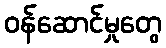
ဝန်ဆောင်မှုတွေ